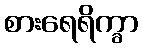
စားရေရိက္ခာ